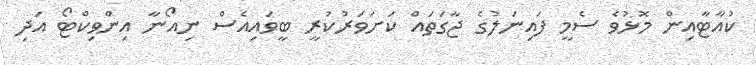
ކުއާޓާއިން މޮޅުވެ ސެމީ ފައިނަލުގެ ޖާގަތައް ކަށަވަރުކުރީ ބީވައިއެސް ނިއޯނާ އިންވިކްޓޯ އަދި